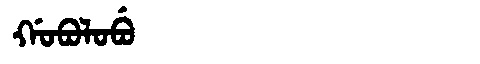
Manchu: ᡤᠣᠪᠣᠯᠣᠪᡠ
Romanization: GOBOLOBU